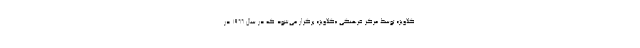
گلاویژ» توسط مرکز فرهنگی «گلاویژ» برگزار می‌شود که در سال 1966 در